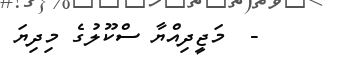
-  މަޖީދިއްޔާ ސްކޫލުގެ މިދިޔަ